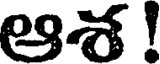
ఆశ !